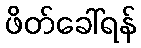
ဖိတ်ခေါ်ရန်